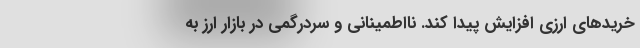
خریدهای ارزی افزایش پیدا کند. نااطمینانی و سردرگمی در بازار ارز به